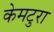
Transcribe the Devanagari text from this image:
केमटुरा